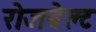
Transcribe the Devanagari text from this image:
रोजबेल्ट